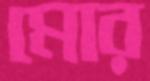
মোর